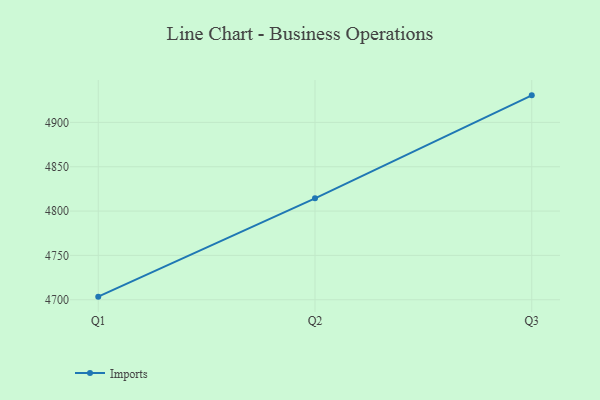
{"axis": {"x": "Quarter", "y": "Active Users"}, "legend": ["Imports"], "data": [{"x": "Q1", "y": 4703.5, "type": "Imports"}, {"x": "Q2", "y": 4814.4, "type": "Imports"}, {"x": "Q3", "y": 4930.5, "type": "Imports"}]}